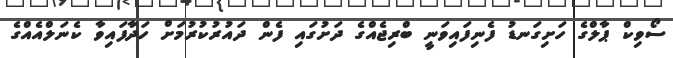
ސޯވިކް ޕާލްގެ ހަށިގަނޑު ފެނިފައިވަނީ ބްރިޖެއްގެ ދަށުގައި ފެން ދައުރުކުރުމަށް ހަދާފައިވާ ކެނަލްއެއްގެ